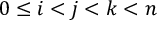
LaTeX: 0 \leq i < j < k < n